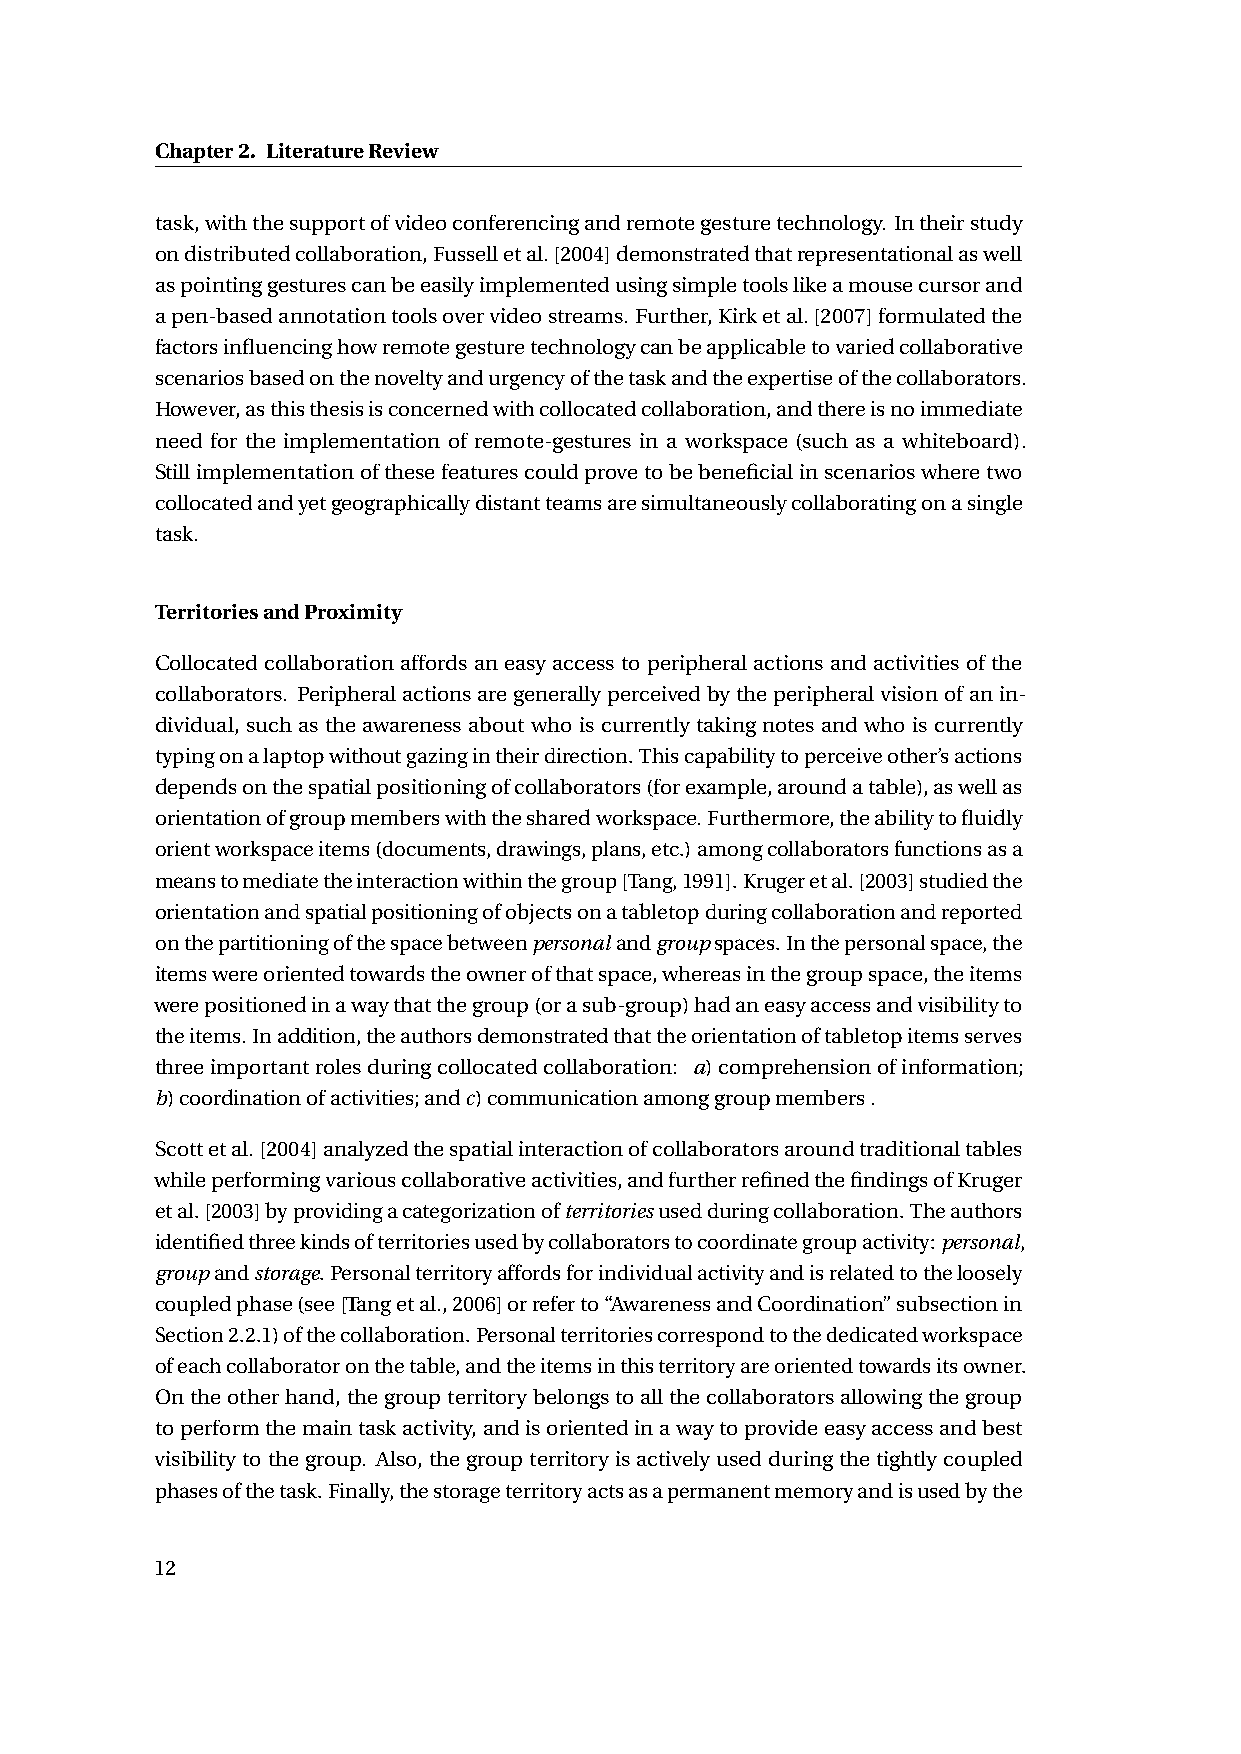
Chapter2. LiteratureReview
 task,withthesupportofvideoconferencingandremotegesturetechnology. Intheirstudy
 ondistributedcollaboration,Fusselletal.[2004]demonstratedthatrepresentationalaswell
 aspointinggesturescanbeeasilyimplementedusingsimpletoolslikeamousecursorand
 apen-basedannotationtoolsovervideostreams. Further,Kirketal.[2007]formulatedthe
 factorsinfluencinghowremotegesturetechnologycanbeapplicabletovariedcollaborative
 scenariosbasedonthenoveltyandurgencyofthetaskandtheexpertiseofthecollaborators.
 However,asthisthesisisconcernedwithcollocatedcollaboration,andthereisnoimmediate
 need for the implementation of remote-gestures in a workspace (such as a whiteboard).
 Stillimplementationofthesefeaturescouldprovetobebeneficialinscenarioswheretwo
 collocatedandyetgeographicallydistantteamsaresimultaneouslycollaboratingonasingle
 task.
 TerritoriesandProximity
 Collocatedcollaborationaffordsaneasyaccesstoperipheralactionsandactivitiesofthe
 collaborators. Peripheralactionsaregenerallyperceivedbytheperipheralvisionofanin-
 dividual, such as the awareness about who is currently taking notes and who is currently
 typingonalaptopwithoutgazingintheirdirection.Thiscapabilitytoperceiveother’sactions
 dependsonthespatialpositioningofcollaborators(forexample,aroundatable),aswellas
 orientationofgroupmemberswiththesharedworkspace.Furthermore,theabilitytofluidly
 orientworkspaceitems(documents,drawings,plans,etc.)amongcollaboratorsfunctionsasa
 meanstomediatetheinteractionwithinthegroup[Tang,1991].Krugeretal.[2003]studiedthe
 orientationandspatialpositioningofobjectsonatabletopduringcollaborationandreported
 onthepartitioningofthespacebetweenpersonalandgroupspaces.Inthepersonalspace,the
 itemswereorientedtowardstheownerofthatspace,whereasinthegroupspace,theitems
 werepositionedinawaythatthegroup(orasub-group)hadaneasyaccessandvisibilityto
 theitems.Inaddition,theauthorsdemonstratedthattheorientationoftabletopitemsserves
 threeimportantrolesduringcollocatedcollaboration: a)comprehensionofinformation;
 b)coordinationofactivities;andc)communicationamonggroupmembers.
 Scottetal.[2004]analyzedthespatialinteractionofcollaboratorsaroundtraditionaltables
 whileperformingvariouscollaborativeactivities,andfurtherrefinedthefindingsofKruger
 etal.[2003]byprovidingacategorizationofterritoriesusedduringcollaboration.Theauthors
 identifiedthreekindsofterritoriesusedbycollaboratorstocoordinategroupactivity:personal,
 groupandstorage.Personalterritoryaffordsforindividualactivityandisrelatedtotheloosely
 coupledphase(see[Tangetal.,2006]orreferto“AwarenessandCoordination”subsectionin
 Section2.2.1)ofthecollaboration.Personalterritoriescorrespondtothededicatedworkspace
 ofeachcollaboratoronthetable,andtheitemsinthisterritoryareorientedtowardsitsowner.
 Ontheotherhand,thegroupterritorybelongstoallthecollaboratorsallowingthegroup
 toperformthemaintaskactivity,andisorientedinawaytoprovideeasyaccessandbest
 visibilitytothegroup. Also,thegroupterritoryisactivelyusedduringthetightlycoupled
 phasesofthetask.Finally,thestorageterritoryactsasapermanentmemoryandisusedbythe
 12